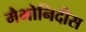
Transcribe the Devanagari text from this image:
मैभोनिदीस